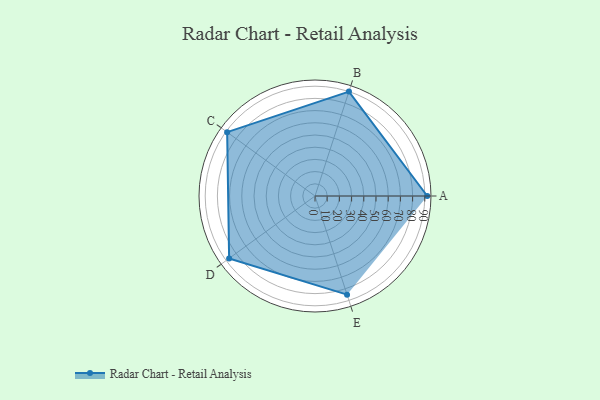
{"axis": {"x": "Skill", "y": "Score"}, "legend": ["Profile"], "data": [{"x": "A", "y": 92.0, "type": "Profile"}, {"x": "B", "y": 90.0, "type": "Profile"}, {"x": "C", "y": 89.0, "type": "Profile"}, {"x": "D", "y": 87.0, "type": "Profile"}, {"x": "E", "y": 85.0, "type": "Profile"}]}